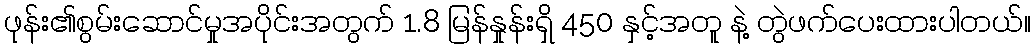
ဖုန်း၏စွမ်းဆောင်မှုအပိုင်းအတွက် 1.8 မြန်နှုန်းရှိ 450 နှင့်အတူ နဲ့ တွဲဖက်ပေးထားပါတယ်။